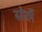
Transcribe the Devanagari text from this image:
सोर्ले